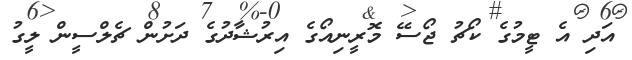
އަދި އެ ޓީމުގެ ކޯޗު ޖޯސޭ މޮރީނިއޯގެ އިރުޝާދުގެ ދަށުން ޗެލްސީން ލީގު